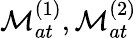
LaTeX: {\cal M}_{at}^{(1)},{\cal M}_{at}^{(2)}